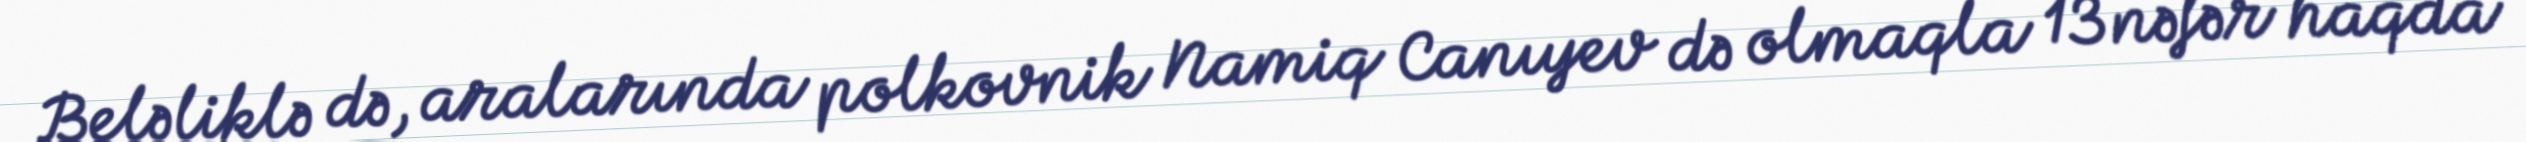
Beləliklə də, aralarında polkovnik Namiq Canıyev də olmaqla 13 nəfər haqda